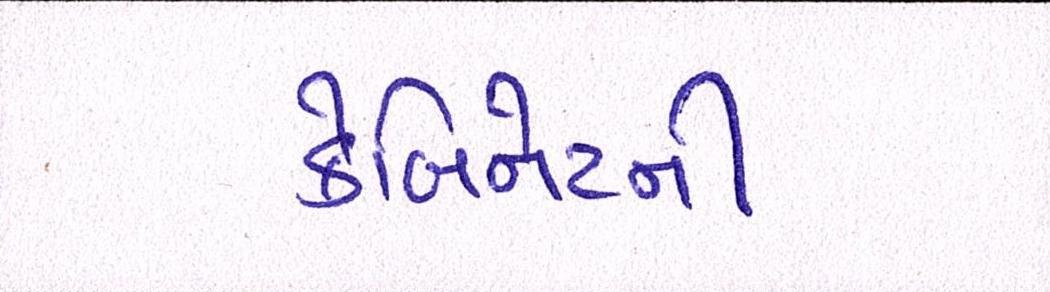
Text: કેબિનેટની